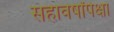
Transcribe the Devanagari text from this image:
सहावर्षांपेक्षा